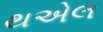
થએલ